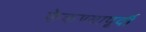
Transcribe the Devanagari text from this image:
फेकण्यापूर्वी